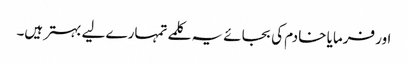
اور فرمایا خادم کی بجائے یہ کلمے تمہارے لیے بہتر ہیں۔